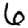
Digit: 6